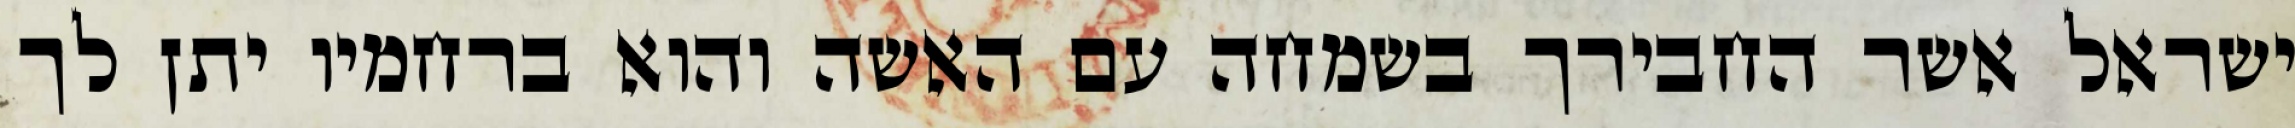
ישראל אשר החבירך בשמחה עם האשה והוא ברחמיו יתן לך